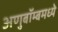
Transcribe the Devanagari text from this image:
अणुबॉम्बमध्ये